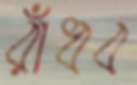
রাঁধব